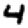
Digit: 4